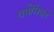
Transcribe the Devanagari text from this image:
धर्मसिंधूने